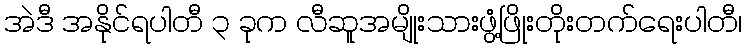
အဲဒီ အနိုင်ရပါတီ ၃ ခုက လီဆူအမျိုးသားဖွံ့ဖြိုးတိုးတက်ရေးပါတီ၊